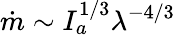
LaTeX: \dot{m}\sim I_{a}^{1/3}{\lambda^{-4/3}}